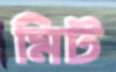
মিট